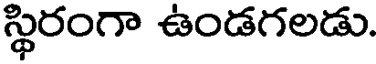
స్థిరంగా ఉండగలడు.